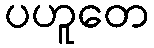
ပဟူတေ